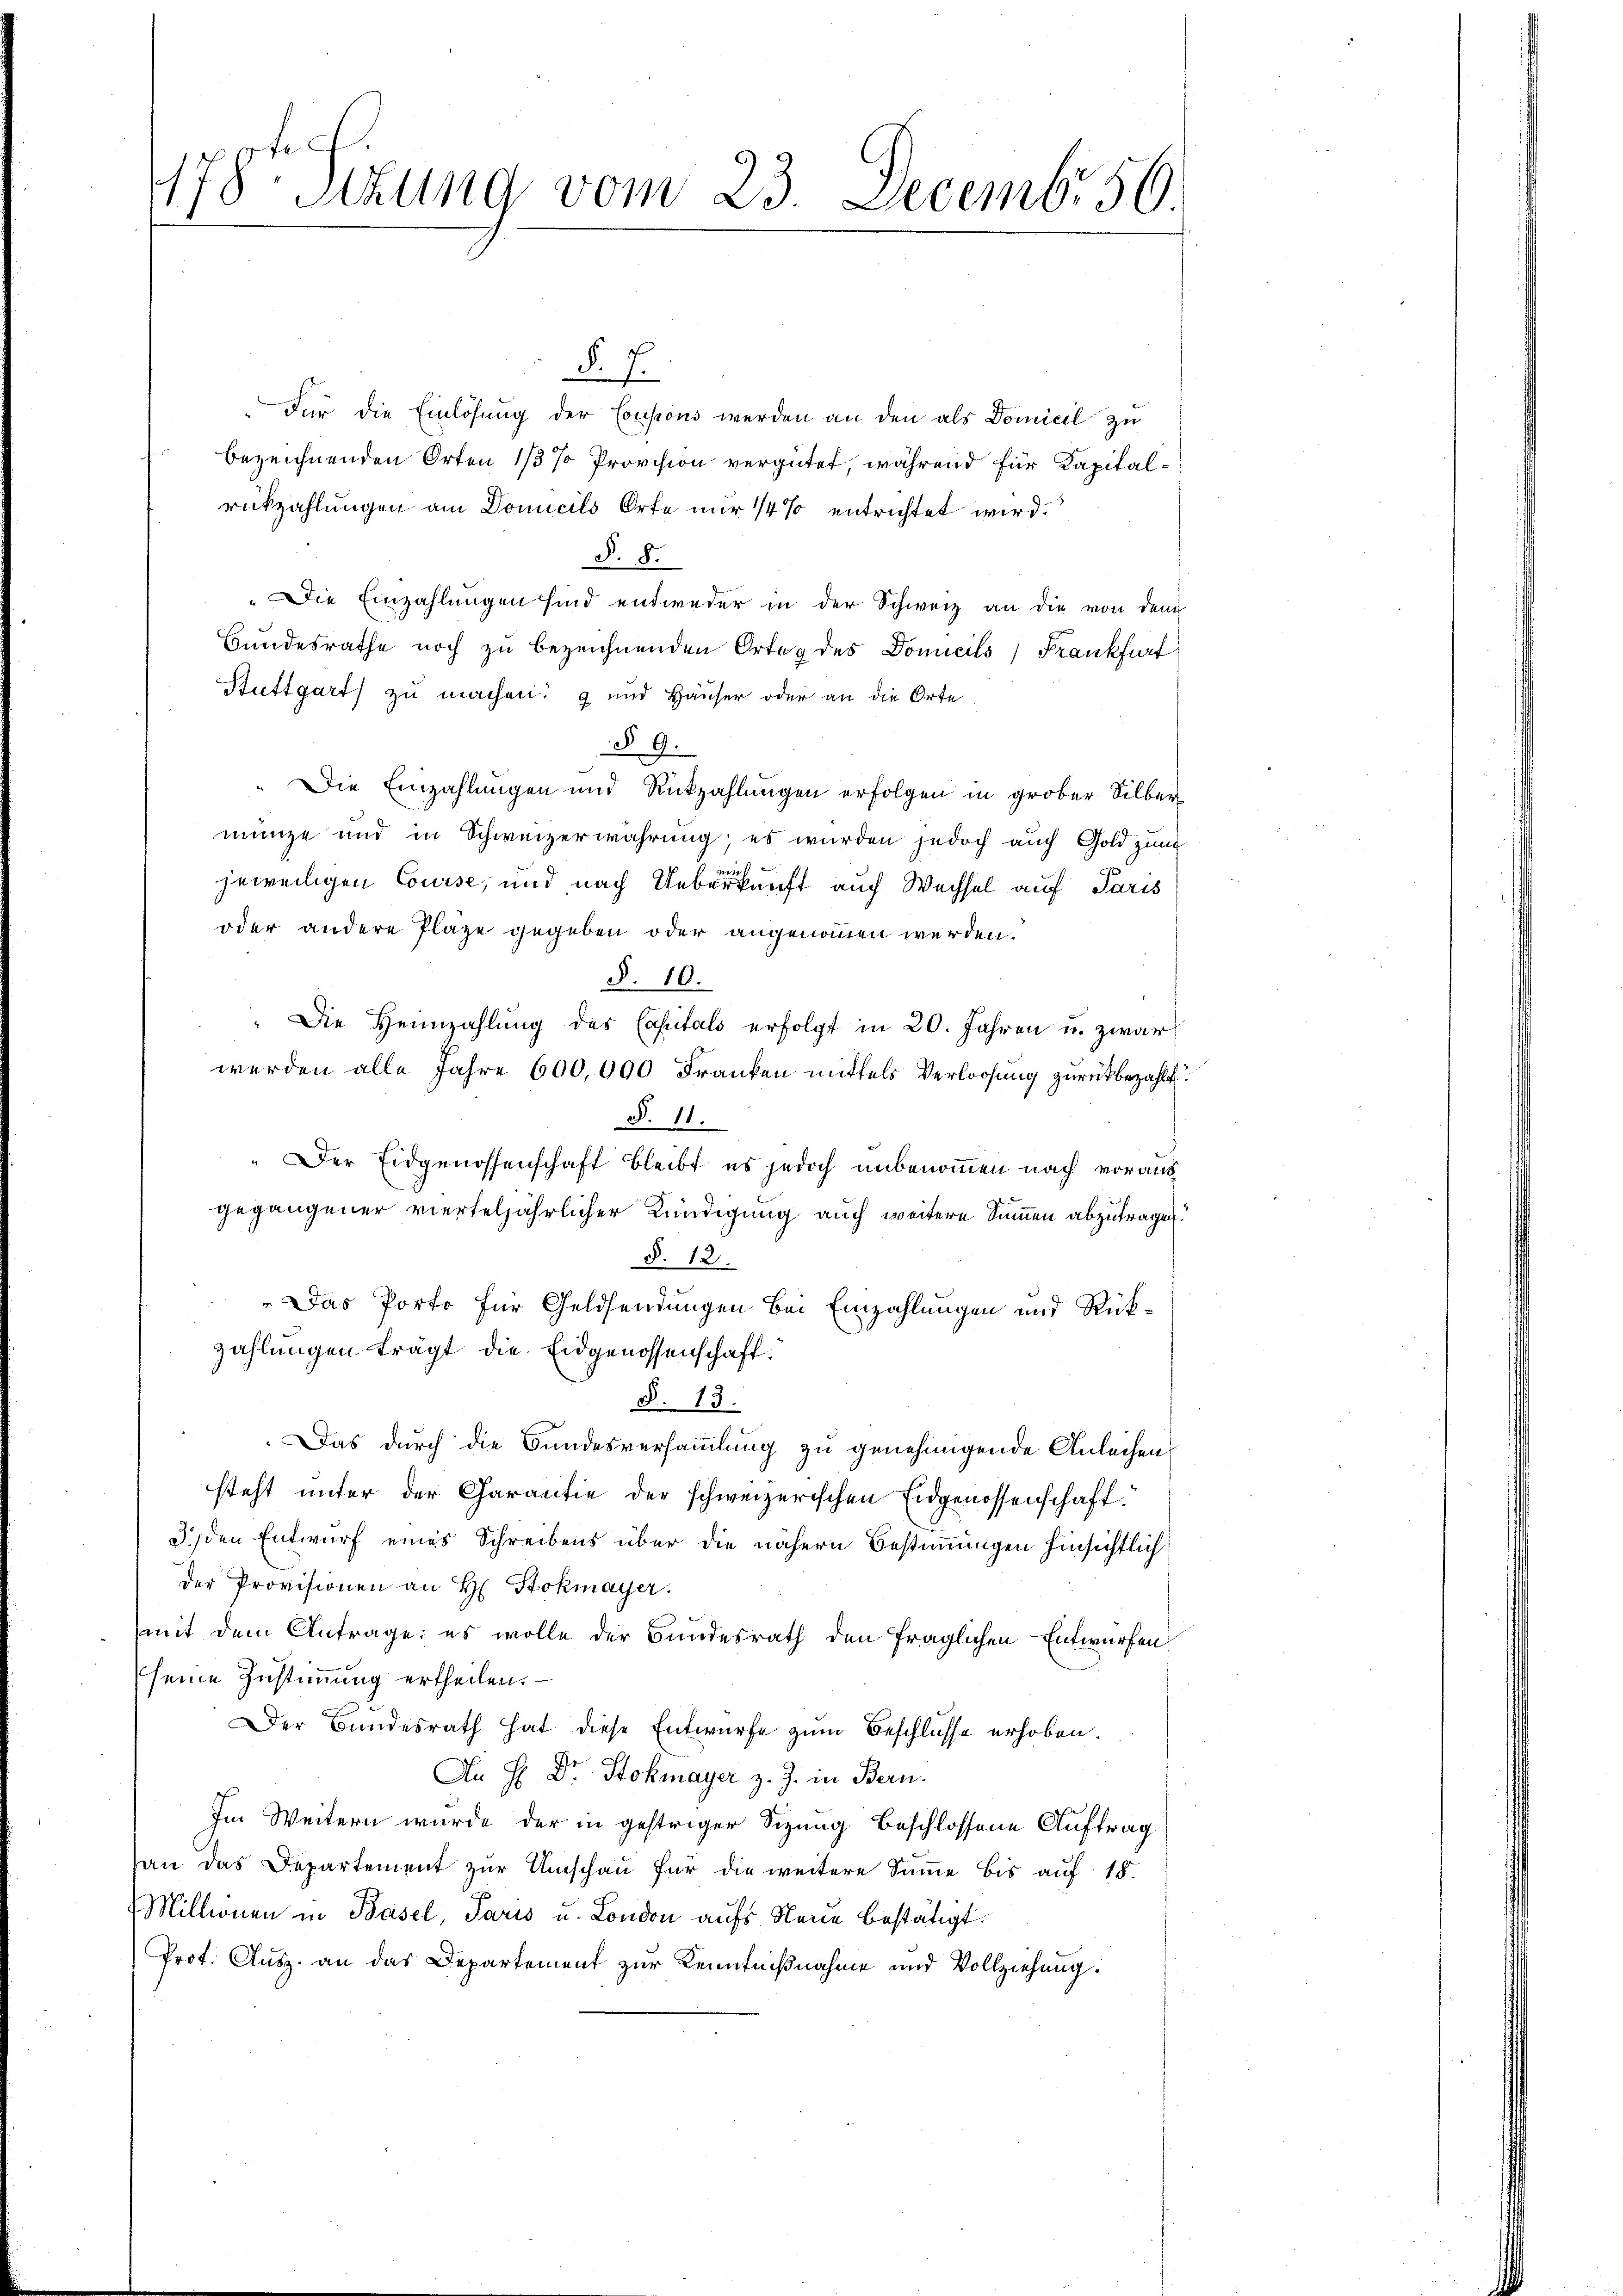
178. Sizung vom 23. Decembr 50.

§. 7.
Für die Einlösung der Coupons werden an den als Domicil zu
bezeichnenden Orten 1/3 % Provision vergütet, während für Kapitalrückzahlungen am Domicils Orte nur 1/4% entrichtet wird.
§. 8.
„Die Einzahlungen sind entweder in der Schweiz an die von dem
Bundesrathe noch zu bezeichnenden Orteg des Domicils, Frankfurt
Stuttgart) zu machen  und Häuser oder an die Orte
§ 9.
Die Einzahlungen und Rückzahlungen erfolgen in grober Silbermünze und in Schweizerwahrung; es wurden jedoch auch Gold zum
jeweiligen Course, und nach Ueberkunft auch Wechsel auf Paris
oder andere Plaze gegeben oder angenommen werden.
§. 10.
" Die Heimzahlung des Capitals erfolgt in 20. Jahren u. zwar
werden alle Jahre 600,000 Franken mittels Verloosung zurückbezahlt.
§. 11.
„Der Eidgenossenschaft bleibt es jedoch unbenommen nach voraus
gegangener vierteljährlicher Kündigung auch weitere Summen abzutragen.
§. 12.
Das Porto für Geldsendungen bei Einzahlungen und Rückzahlungen trägt die Eidgenossenschaft.
§. 13.
Das durch die Bundesversammlung zu genehmigende Anleihen
steht unter der Charantie der schweizerischen Eidgenossenschaft.
3.) den Entwurf eines Schreibens über die nähern Bestimmungen hinsichtlich
der Provisionen an H. Stokmayer.
mit dem Antrage; es wolle der Bundesrath den fraglichen Entwürfen
seine Zustimmung ertheilen.
Der Bundesrath hat diese Entwurfe zum Beschlüsse erhoben.
An H. Dr. Stokmayer z. Z. in Bern.
Im Weitern wurde der in gestriger Sizung beschlossene Auftrag
an das Departement zur Umschau für die weitere Summe bis auf 15.
Millionen in Basel, Paris u. London aufs Neue bestätigt.
Prot. Ausz. an das Departement zur Kenntnißnahme und Vollziehung: